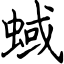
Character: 蜮